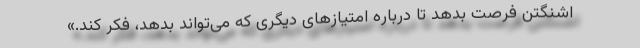
اشنگتن فرصت بدهد تا درباره امتیازهای دیگری که می‌تواند بدهد، فکر کند.»